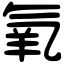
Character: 氧